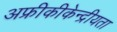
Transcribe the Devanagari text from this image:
अफ्रीकीकेन्द्रीयता